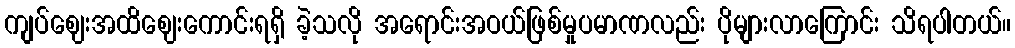
ကျပ်ဈေးအထိဈေးကောင်းရရှိ ခဲ့သလို အရောင်းအဝယ်ဖြစ်မှုပမာဏလည်း ပိုများလာကြောင်း သိရပါတယ်။